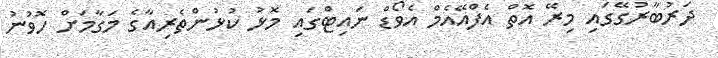
ދަރުބާރުގޭގައި މިރޭ އޮތް އެފްއޭއެމް އެވޯޑް ނައިޓްގައި މޮޅު ކުޅުންތެރިއާގެ މަގާމަށް ހޮވުނު